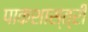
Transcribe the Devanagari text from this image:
पाकशास्त्री